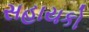
સહાયકો